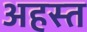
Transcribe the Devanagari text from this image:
अहस्त